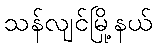
သန်လျင်မြို့နယ်